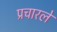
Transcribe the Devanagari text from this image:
प्रचारले